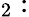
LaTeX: _{2}: